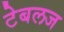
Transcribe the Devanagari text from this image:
टेबलज